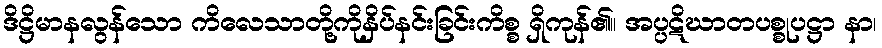
ဒိဋ္ဌိမာနလွန်သော ကိလေသာတို့ကိုနှိပ်နင်းခြင်းကိစ္စ ရှိကုန်၏။ အပ္ပဋိဃာတပစ္စုပဋ္ဌာ နာ၊